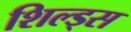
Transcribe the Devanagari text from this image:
शिल्ड्स